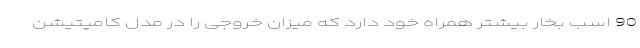
90 اسب بخار بیشتر همراه خود دارد که میزان خروجی را در مدل کامپتیشن